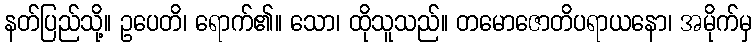
နတ်ပြည်သို့။ ဥပေတိ၊ ရောက်၏။ သော၊ ထိုသူသည်။ တမောဇောတိပရာယနော၊ အမိုက်မှ